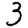
Digit: 3